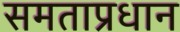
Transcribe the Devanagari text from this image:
समताप्रधान